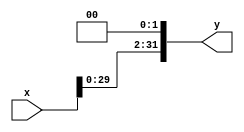
module shifter_4(
  input [31:0] x ,
  output [31:0]y
    );
    assign y = (x<<2) ;
endmodule